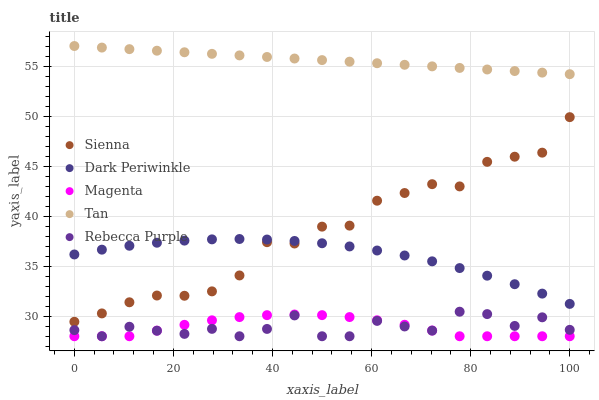
| xaxis_label | Sienna | Dark Periwinkle | Magenta | Tan | Rebecca Purple |
 | --- | --- | --- | --- | --- | --- |
 | 0 | 29.4 | 36.2 | 28 | 57 | 28.6 |
 | 5.56 | 30.3 | 36.7 | 28 | 56.8 | 28 |
 | 11.1 | 31.4 | 37 | 28 | 56.7 | 28.9 |
 | 16.7 | 32.1 | 37.3 | 28.6 | 56.5 | 28.6 |
 | 22.2 | 32 | 37.6 | 29.1 | 56.4 | 28.2 |
 | 27.8 | 32.5 | 37.7 | 29.6 | 56.2 | 28.7 |
 | 33.3 | 34.1 | 37.7 | 29.9 | 56.1 | 28 |
 | 38.9 | 37.4 | 37.7 | 30.1 | 55.9 | 28.7 |
 | 44.4 | 37.3 | 37.5 | 30.2 | 55.7 | 30.1 |
 | 50 | 39 | 37.3 | 30.1 | 55.6 | 28 |
 | 55.6 | 39.1 | 37 | 29.9 | 55.4 | 28 |
 | 61.1 | 41.5 | 36.6 | 29.6 | 55.3 | 29.5 |
 | 66.7 | 42.3 | 36.1 | 29.1 | 55.1 | 29 |
 | 72.2 | 43.2 | 35.5 | 28.6 | 55 | 28.6 |
 | 77.8 | 43 | 34.8 | 28 | 54.8 | 30.5 |
 | 83.3 | 45.4 | 34.1 | 28 | 54.7 | 30.2 |
 | 88.9 | 45.9 | 33.2 | 28 | 54.5 | 29 |
 | 94.4 | 46.3 | 32.3 | 28 | 54.3 | 29.9 |
 | 100 | 49.9 | 31.2 | 28 | 54.2 | 28.6 |